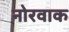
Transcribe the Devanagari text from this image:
नोरवाक